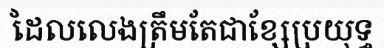
ដែលលេងត្រឹមតែជាខ្សែប្រយុទ្ធ